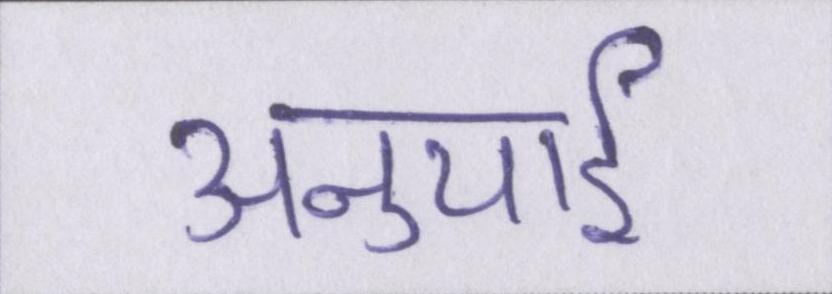
अनुयाई